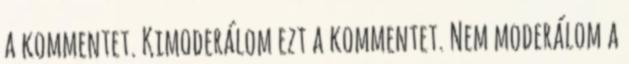
a kommentet. Kimoderálom ezt a kommentet. Nem moderálom a